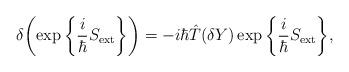
LaTeX: \begin{align*}\delta\bigg(\!\exp\bigg\{\frac{i}{\hbar}S_{\rm ext}\bigg\}\bigg) =-i\hbar\hat{T}(\delta Y)\exp\bigg\{\frac{i}{\hbar}S_{\rm ext}\bigg\},\end{align*}